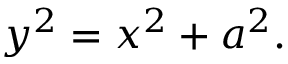
y ^ { 2 } = x ^ { 2 } + a ^ { 2 } .